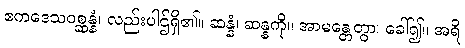
ဧကဒေသဝစ္ဆန္နံ၊ လည်းပါဌ်ရှိ၏။ ဆန္နံ၊ ဆန္နကို။ အာမန္တေတွာ၊ ခေါ်၍။ အရိ